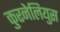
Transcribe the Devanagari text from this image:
कुरनेलियुस